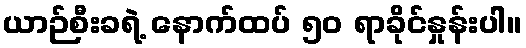
ယာဉ်စီးခရဲ့ နောက်ထပ် ၅၀ ရာခိုင်နှုန်းပါ။